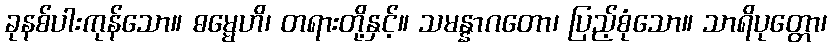
ခုနစ်ပါးကုန်သော။ ဓမ္မေဟိ၊ တရားတို့နှင့်။ သမန္နာဂတော၊ ပြည့်စုံသော။ သာရိပုတ္တော၊